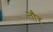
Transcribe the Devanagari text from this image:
तौर